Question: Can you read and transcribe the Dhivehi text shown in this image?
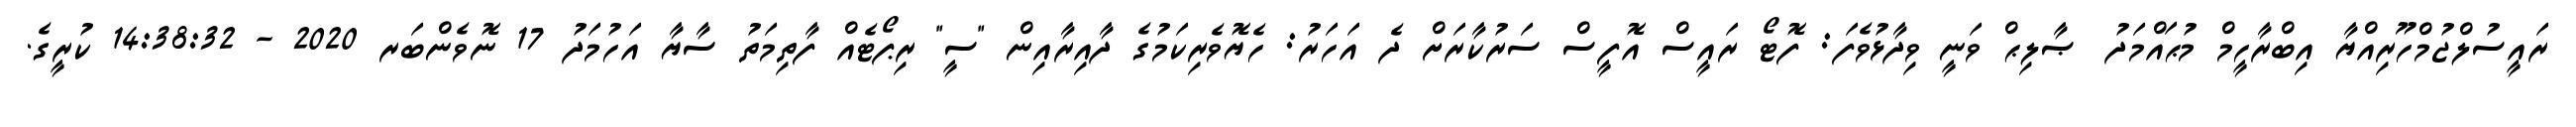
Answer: ރައީސުލްޖުމްހޫރިއްޔާ އިބްރާހީމް މުޙައްމަދު ޞާލިޙް ވަނީ ވިދާޅުވެފަ: ފޮޓޯ ރައީސް އޮފީސް ސަރުކާރަށް ދެ އަހަރު: ހެޔޮވެރިކަމުގެ ދާއިރާއިން "ސީ" ރިޕޯޓެއް ފާތިމަތު ސާޔާ އަހުމަދު 17 ނޮވެންބަރ 2020 - 14:38:32 ކުރީގެ.